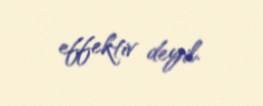
effektiv deyil.